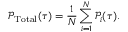
\mathcal { P } _ { \mathrm { T o t a l } } ( \tau ) = \frac { 1 } { N } \sum _ { i = 1 } ^ { N } \mathcal { P } _ { i } ( \tau ) .